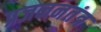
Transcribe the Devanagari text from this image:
प्रजननतंत्र